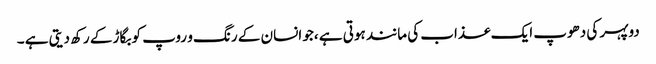
دوپہر کی دھوپ ایک عذاب کی مانند ہوتی ہے ،جو انسان کے رنگ و روپ کو بگاڑ کے رکھ دیتی ہے ۔